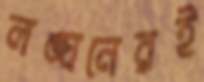
লঙ্ঘনেরই